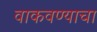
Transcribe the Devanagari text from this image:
वाकवण्याचा